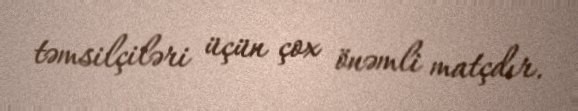
təmsilçiləri üçün çox önəmli matçdır.